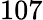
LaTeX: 107